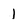
Character: 1